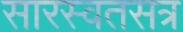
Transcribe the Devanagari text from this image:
सारस्वतसत्र